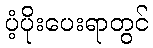
ပံ့ပိုးပေးရာတွင်